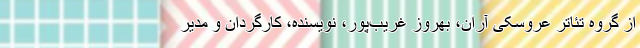
از گروه تئاتر عروسکی آران، بهروز غریب‌پور، نویسنده، کارگردان و مدیر